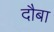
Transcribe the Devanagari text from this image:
दौबा